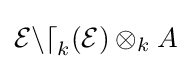
{\mathcal {End}}_{k}({\mathcal {E}})\otimes _{k}A